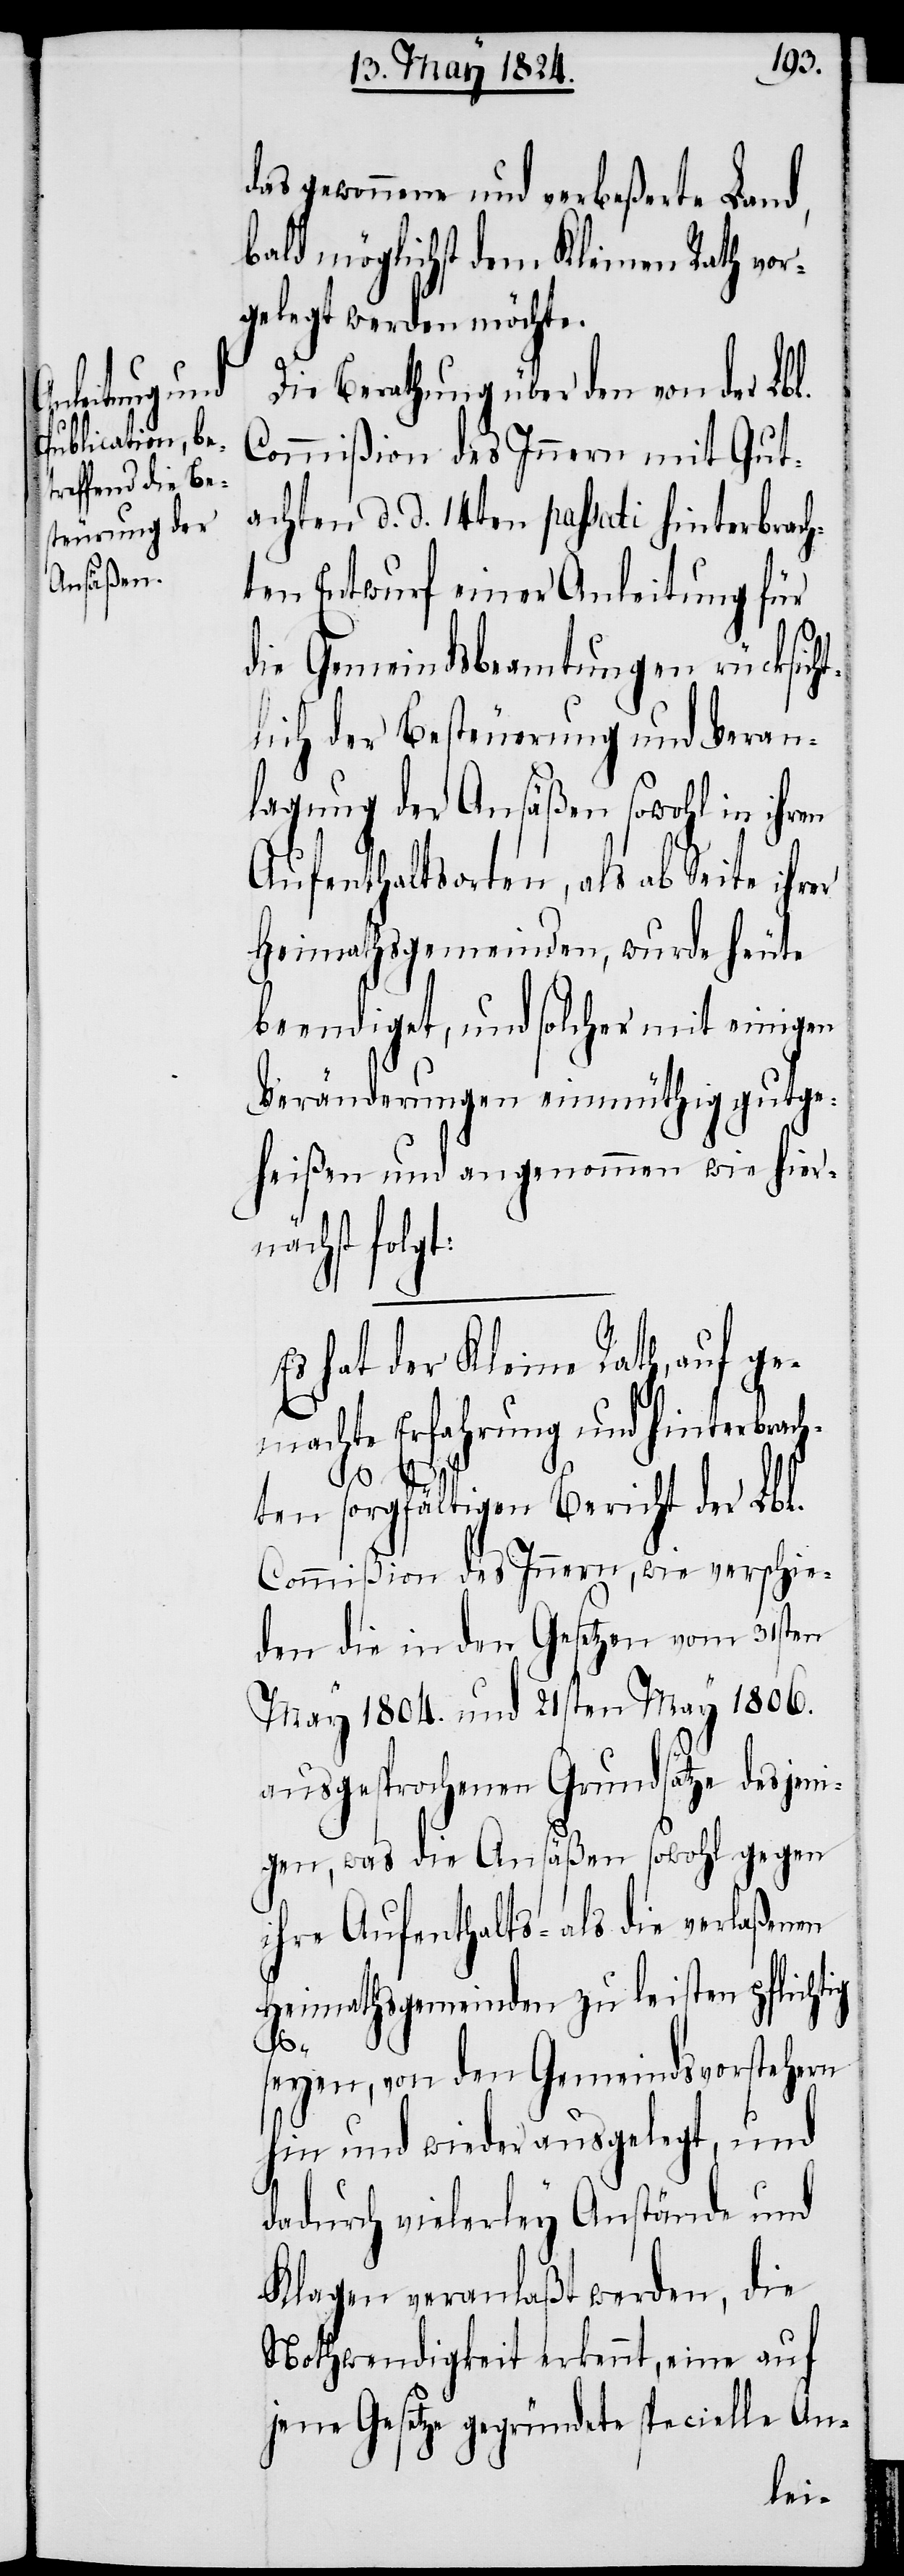
das gewonnene und verbeßerte Land,
bald möglichst dem Kleinen Rath vor¬
gelegt werden möchte.
Die Berathung über den von der Lbl.
Commißion des Innern mit Gut¬
achten d. d. 14ten passati hinterbrach¬
ten Entwurf einer Anleitung für
die Gemeindsbeamtungen rücksich¬
tlich der Besteurung und Veran¬
lagung der Ansäßen sowohl in ihren
Aufenthaltsorten, als ab Seite ihrer
Heimathsgemeinden, wurde heute
beendiget, und solcher mit einigen
______________________
heißen und angenommen wie hier¬
nächst folg¬
Es hat der Kleine Rath, auf ge¬
machte Erfahrung und hinterbrach¬
ten sorgfältigen Bericht der Lbl.
Commißion des Innern, wie verschie¬
den die in den Gesetzen vom 31sten
May 1804. und 21sten May 1806.
ausgesprochenen Grundsätze desjeni¬
gen, was die Ansäßen sowohl gegen
ihre Aufenthalts- als die verlaßenen
Heimathsgemeinden zu leisten pflichtig
t:
seyen, von den Gemeindsvorstehern
hin und wieder ausgelegt, und
dadurch vielerley Anstände und
Klagen veranlaßt werden, die
Nothwendigkeit erkennt, eine auf
jene Gesetze gegründete specielle An-